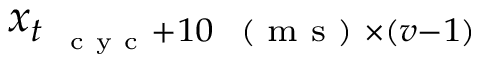
\boldsymbol x _ { t _ { \mathrm { ~ \scriptsize ~ c ~ y ~ c ~ } } + 1 0 \mathrm { ~ \scriptsize ~ ( ~ m ~ s ~ ) ~ } \times ( \boldsymbol v - 1 ) }